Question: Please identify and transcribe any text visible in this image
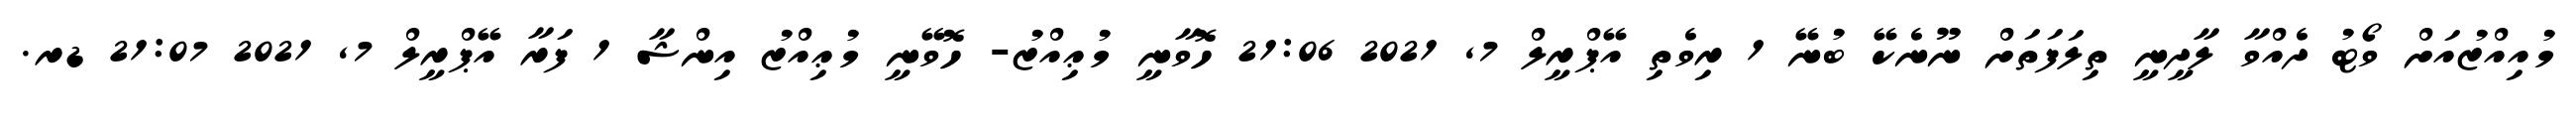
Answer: މުއިއްޒުއަށް ވޯޓު ދެއްވާ ލާދީނީ ތިލަފަތަށް ނޫނެކޭ ބުނޭ 1 ރިވެތި އޭޕްރީލް 7, 2021 21:06 ހޮވާނީ މުޢިއްޒު- ހޮވޭނީ މުޢިއްޒު އިންޝާ 1 ފަރާ އޭޕްރީލް 7, 2021 21:07 ޑރ.